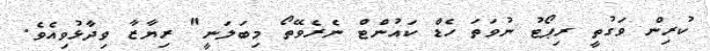
ކުރިން ވަގުތީ ރިޕޯޓު ނުވަތަ ހެޑް ކައުންޓް ނެރެވޭތޯ މިބަލަނީ" ރިޔާޒާ ވިދާޅުވިއެވެ.